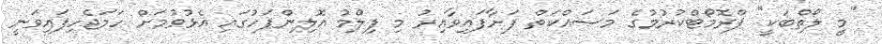
"މީ ލޯތްބަކީ" ޕްރޮމޯޓްކުރުމުގެ މަސައްކަތް ފަށާފައިވާއިރު މި ފިލްމު އޮލިންޕަހުގަައި އެޅުވުމަށް ހަމަޖެހިފައިވަނީ